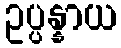
ဥပ္ပန္နာယ